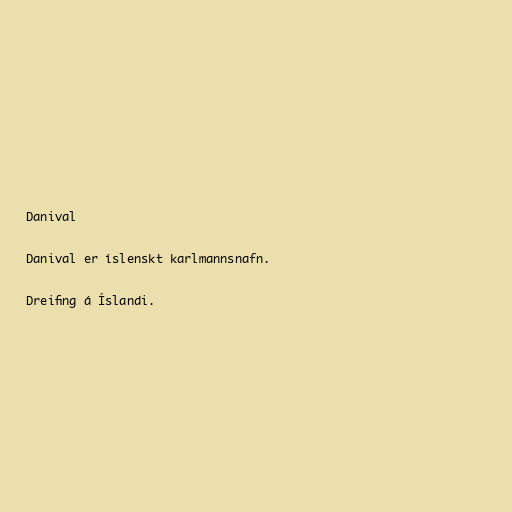
Danival

Danival er íslenskt karlmannsnafn.

Dreifing á Íslandi.